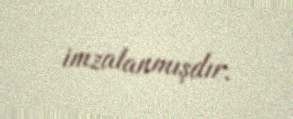
imzalanmışdır.